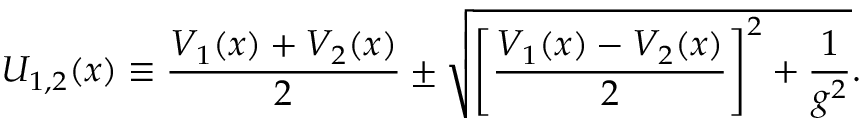
U _ { 1 , 2 } ( x ) \equiv { \frac { V _ { 1 } ( x ) + V _ { 2 } ( x ) } { 2 } } \pm \sqrt { \left[ { \frac { V _ { 1 } ( x ) - V _ { 2 } ( x ) } { 2 } } \right] ^ { 2 } + { \frac { 1 } { g ^ { 2 } } } } .